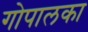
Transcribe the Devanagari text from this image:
गोपालका